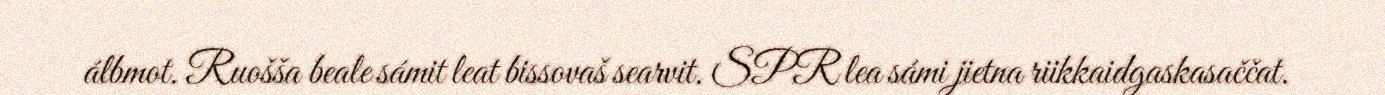
álbmot. Ruošša beale sámit leat bissovaš searvit. SPR lea sámi jietna riikkaidgaskasaččat.